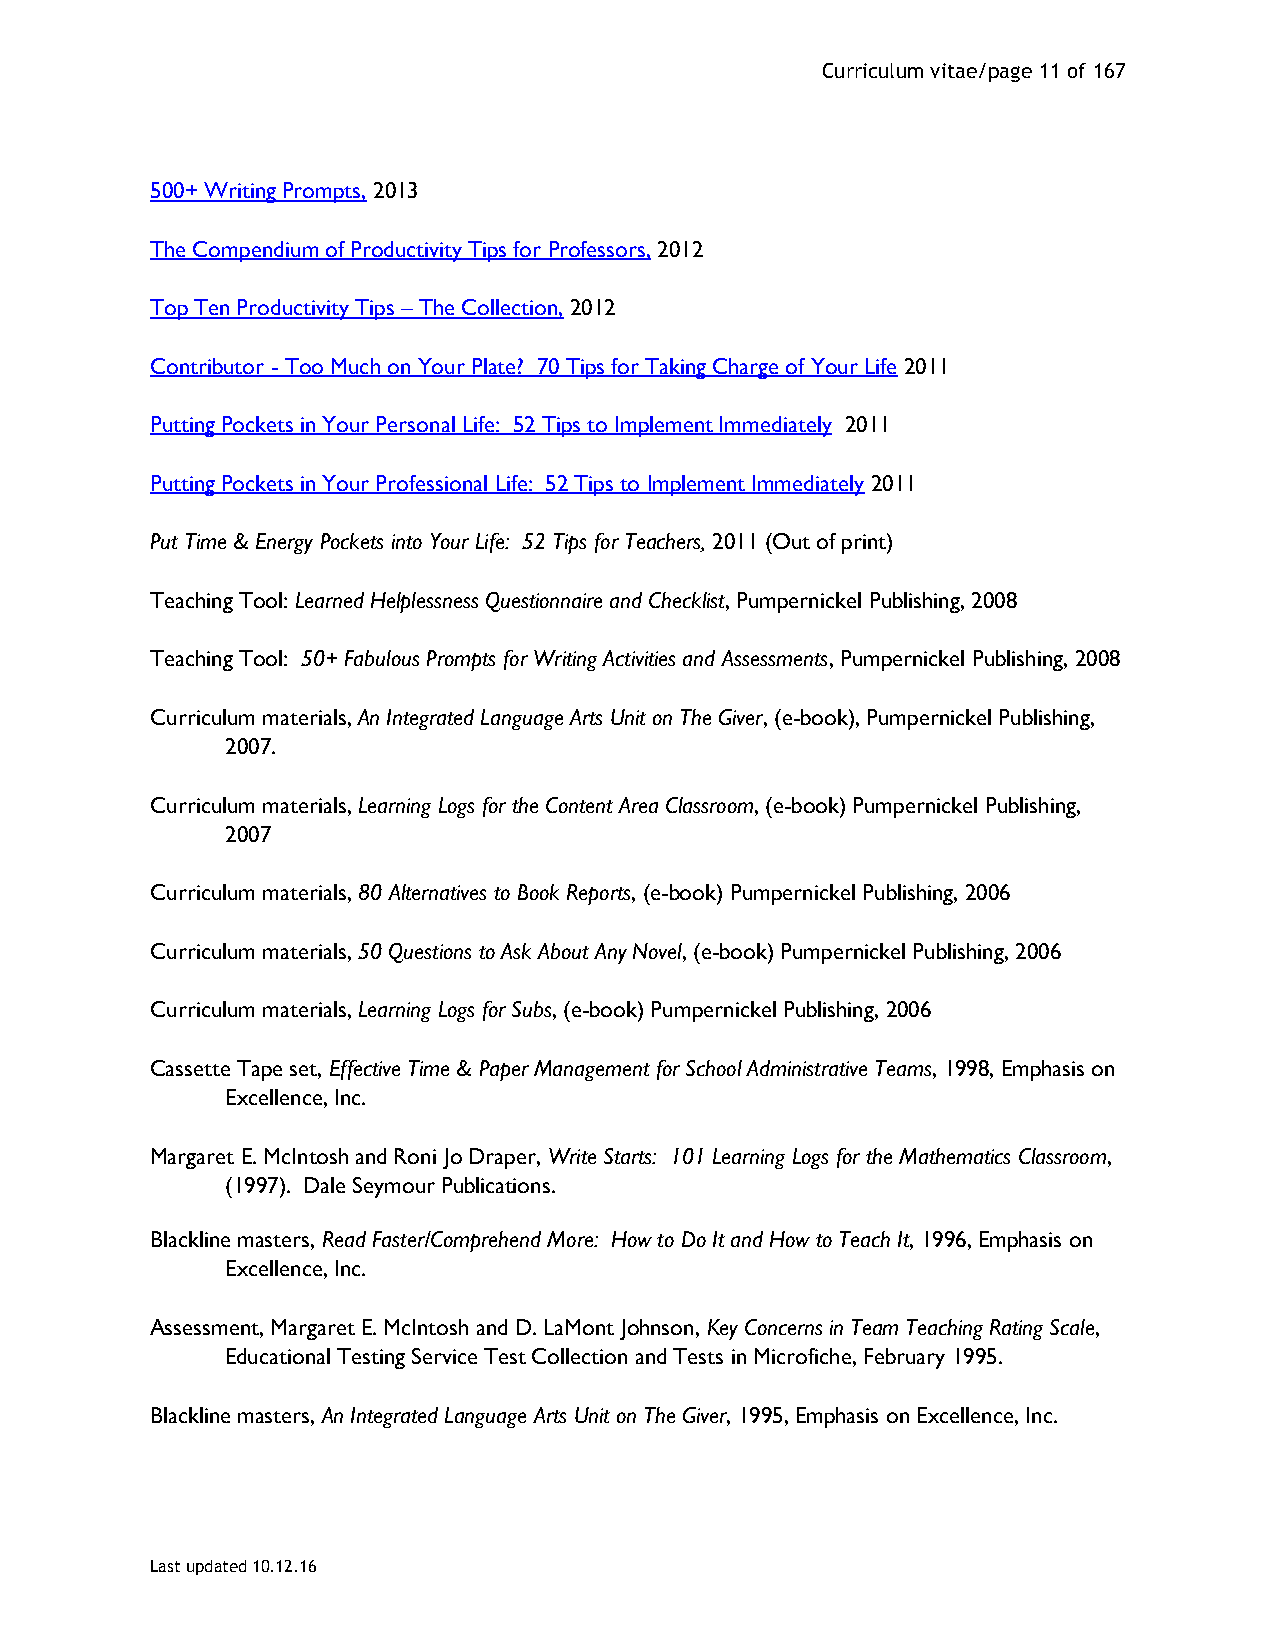
Curriculum vitae/page 11 of 167
 500+ Writing Prompts, 2013
 The Compendium of Productivity Tips for Professors, 2012
 Top Ten Productivity Tips – The Collection, 2012
 Contributor - Too Much on Your Plate? 70 Tips for Taking Charge of Your Life 2011
 Putting Pockets in Your Personal Life: 52 Tips to Implement Immediately 2011
 Putting Pockets in Your Professional Life: 52 Tips to Implement Immediately 2011
 Put Time & Energy Pockets into Your Life: 52 Tips for Teachers, 2011 (Out of print)
 Teaching Tool: Learned Helplessness Questionnaire and Checklist, Pumpernickel Publishing, 2008
 Teaching Tool: 50+ Fabulous Prompts for Writing Activities and Assessments, Pumpernickel Publishing, 2008
 Curriculum materials, An Integrated Language Arts Unit on The Giver, (e-book), Pumpernickel Publishing,
 2007.
 Curriculum materials, Learning Logs for the Content Area Classroom, (e-book) Pumpernickel Publishing,
 2007
 Curriculum materials, 80 Alternatives to Book Reports, (e-book) Pumpernickel Publishing, 2006
 Curriculum materials, 50 Questions to Ask About Any Novel, (e-book) Pumpernickel Publishing, 2006
 Curriculum materials, Learning Logs for Subs, (e-book) Pumpernickel Publishing, 2006
 Cassette Tape set, Effective Time & Paper Management for School Administrative Teams, 1998, Emphasis on
 Excellence, Inc.
 Margaret E. McIntosh and Roni Jo Draper, Write Starts: 101 Learning Logs for the Mathematics Classroom,
 (1997). Dale Seymour Publications.
 Blackline masters, Read Faster/Comprehend More: How to Do It and How to Teach It, 1996, Emphasis on
 Excellence, Inc.
 Assessment, Margaret E. McIntosh and D. LaMont Johnson, Key Concerns in Team Teaching Rating Scale,
 Educational Testing Service Test Collection and Tests in Microfiche, February 1995.
 Blackline masters, An Integrated Language Arts Unit on The Giver, 1995, Emphasis on Excellence, Inc.
 Last updated 10.12.16